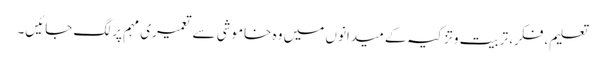
تعلیم، فکر، تربیت وتزکیہ کے میدانوں میں وہ خاموشی سے تعمیری مہم پر لگ جائیں۔